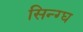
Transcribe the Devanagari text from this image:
सिन्ग्घ